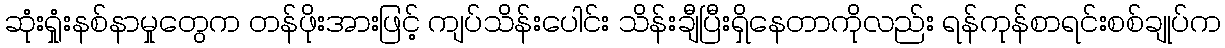
ဆုံးရှုံးနစ်နာမှုတွေက တန်ဖိုးအားဖြင့် ကျပ်သိန်းပေါင်း သိန်းချီပြီးရှိနေတာကိုလည်း ရန်ကုန်စာရင်းစစ်ချုပ်က